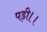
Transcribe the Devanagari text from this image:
पड़ी।।